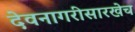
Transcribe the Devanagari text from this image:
देवनागरीसारखेच